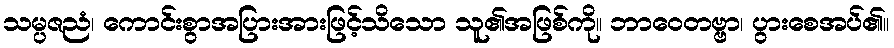
သမ္ပဇညံ၊ ကောင်းစွာအပြားအားဖြင့်သိသော သူ၏အဖြစ်ကို။ ဘာဝေတဗ္ဗာ၊ ပွားစေအပ်၏။